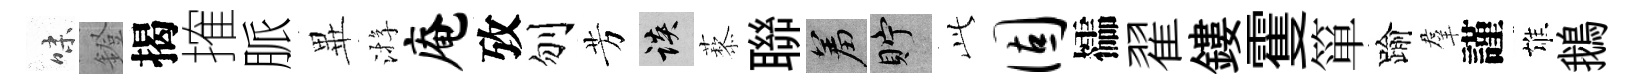
味鐙揭搉脈𭺾㳺庵攷刎芳談藜聯羞貯𬼘固櫺翟鏤䨥箪踰羣謹雄鵝